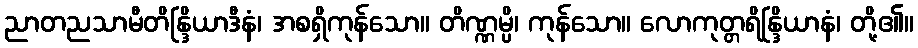
ညာတညသာမီတိန္ဒြိယာဒီနံ၊ အစရှိကုန်သော။ တိဏ္ဏမ္ပိ၊ ကုန်သော။ လောကုတ္တရိန္ဒြိယာနံ၊ တို့၏။